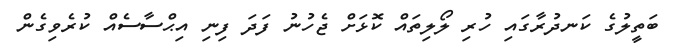
ބަތީލުގެ ކަނދުރާގައި ހުރި ލޯލިތައް ކޮޅަށް ޖެހުނު ފަދަ ފިނި އިޙްސާސެއް ކުރެވިގެން